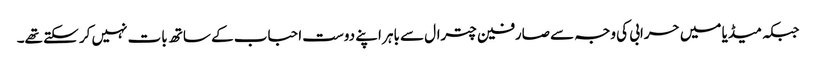
جبکہ میڈیا میں حرابی کی وجہ سے صارفین چترال سے باہر اپنے دوست احباب کے ساتھ بات نہیں کر سکتے تھے۔